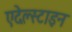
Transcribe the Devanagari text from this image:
एदेल्स्टाइन